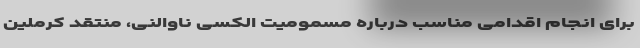
برای انجام اقدامی مناسب درباره مسمومیت الکسی ناوالنی، منتقد کرملین